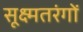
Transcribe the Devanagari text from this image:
सूक्ष्मतरंगों